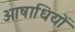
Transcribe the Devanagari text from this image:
ओषाधियों